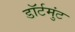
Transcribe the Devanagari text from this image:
डॉर्टमुंट